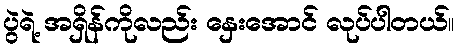
ပွဲရဲ့ အရှိန်ကိုလည်း နှေးအောင် လုပ်ပါတယ်။